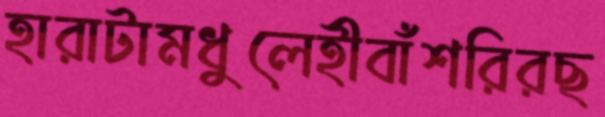
হারাটামধুলেহীবাঁশরিরছ